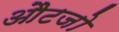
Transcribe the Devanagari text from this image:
औटजो